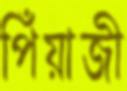
পিঁয়াজী